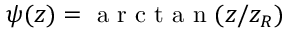
\psi ( z ) = \mathrm { ~ a ~ r ~ c ~ t ~ a ~ n ~ } ( z / z _ { R } )